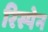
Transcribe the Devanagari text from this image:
रिस्पेन